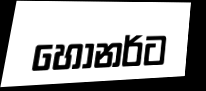
හෝනර්ට